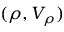
( \rho , V _ { \rho } )